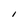
Character: I